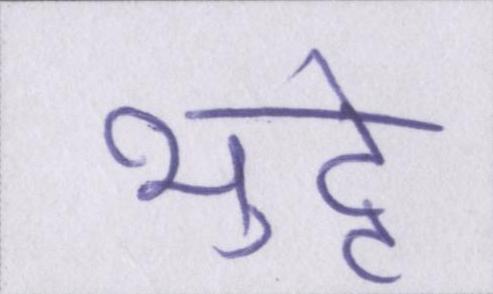
भुट्टे